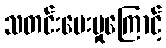
သတင်းပေးမှုကြောင့်